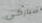
سباركي